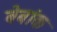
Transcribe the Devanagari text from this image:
बेबांक